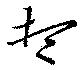
想